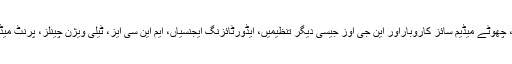
پبلک سیکٹر، حکومتی اور مقامی حکام، چھوٹے میڈیم سائز کاروباراور این جی اوز جیسی دیگر تنظیمیں، ایڈورٹائزنگ ایجنسیاں، ایم این سی ایز، ٹیلی ویژن چینلز، پرنٹ میڈیا آرگنائزیشنزوغیرہ اس میں شامل ہیں۔